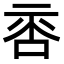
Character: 𠴅